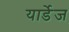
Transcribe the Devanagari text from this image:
यार्डेज